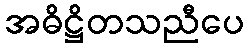
အဓိဋ္ဌိတသညီပေ